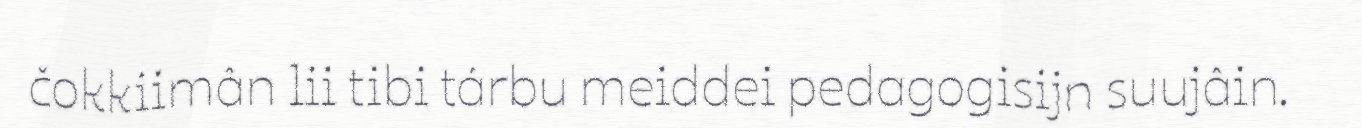
čokkiimân lii tibi tárbu meiddei pedagogisijn suujâin.